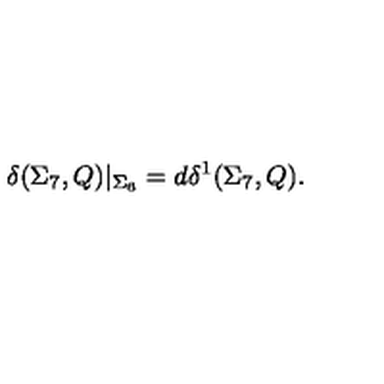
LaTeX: \delta ( \Sigma _ { 7 } , Q ) | _ { \Sigma _ { 6 } } = d \delta ^ { 1 } ( \Sigma _ { 7 } , Q ) .